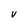
Character: V